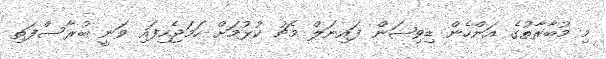
މި މުބާރާތުގެ އަންހެން ޑިވިޝަން ފައިނަލް މެޗު ކުޅުމަށް ހަމަޖެހިފައި ވަނީ ބުރާސްފަތި